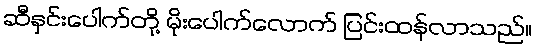
ဆီနှင်းပေါက်တို့ မိုးပေါက်လောက် ပြင်းထန်လာသည်။